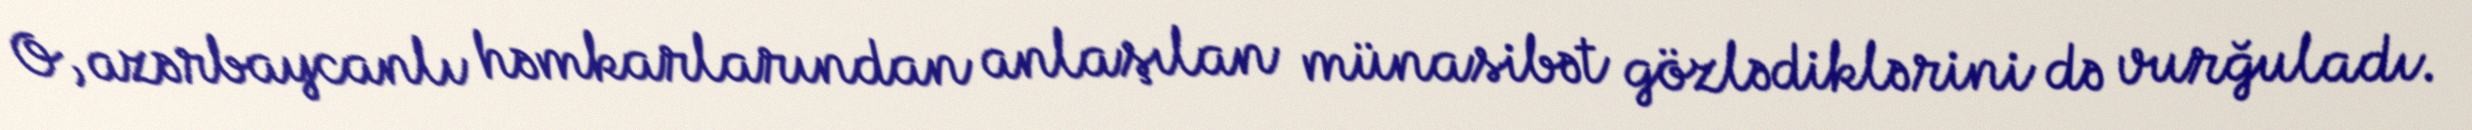
O, azərbaycanlı həmkarlarından anlaşılan münasibət gözlədiklərini də vurğuladı.